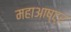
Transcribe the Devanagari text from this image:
महाआष्ट्र